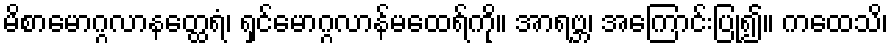
မိစာမောဂ္ဂလာနတ္ထေရံ၊ ရှင်မောဂ္ဂလာန်မထေရ်ကို။ အာရဗ္ဘ၊ အကြောင်းပြု၍။ ကထေသိ၊